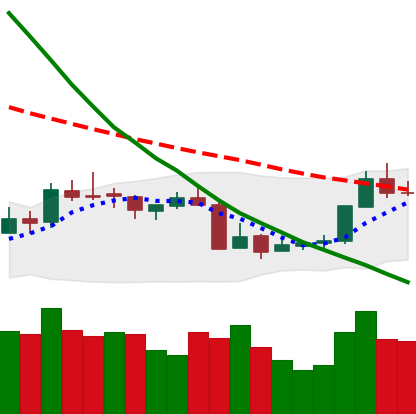
Ticker: XMR-USD
Chart end date: 2018-07-19
Forward return: 5.637%
Label: up_5_7